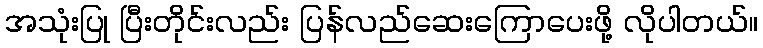
အသုံးပြု ပြီးတိုင်းလည်း ပြန်လည်ဆေးကြောပေးဖို့ လိုပါတယ်။